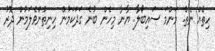
ހިތެއް ނެތް. މަންމަ ސައިބޯލާ. ޔާނާ މިހެން ބުނެ ގަދަކަމުން ހިނިތުންވެލަމުން ދޮރު